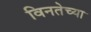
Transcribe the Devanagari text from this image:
विनतेच्या